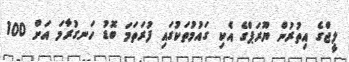
ލީޖްގެ އިތުރުން ޔޫރަޕްގެ އެކި ގައުމުތަކުގައި ފުރަތަމަ ބޮޑު ހަނގުރާމަ އަށް 100